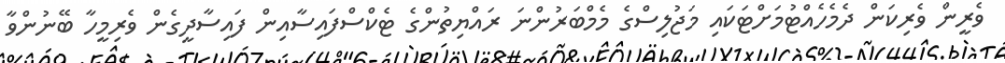
ވެރީން ވެރިކަން ދެމެހެއްޓުމަށްޓަކައި މަޖުލިސްގެ މެމްބަރުންނަ ރައްޔިތުންގެ ޓެކްސްފައިސާއިން ފައިސާދީގެން ވެރިމީހާ ބޭނުންވާ